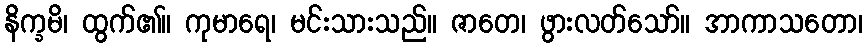
နိက္ခမိ၊ ထွက်၏။ ကုမာရေ၊ မင်းသားသည်။ ဇာတေ၊ ဖွားလတ်သော်။ အာကာသတော၊